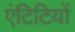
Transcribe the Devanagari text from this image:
एंटिटियों